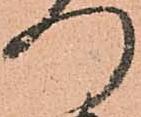
つ